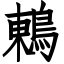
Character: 鶇